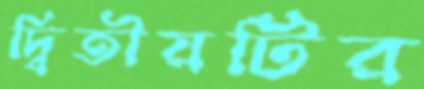
দ্বিতীয়টির